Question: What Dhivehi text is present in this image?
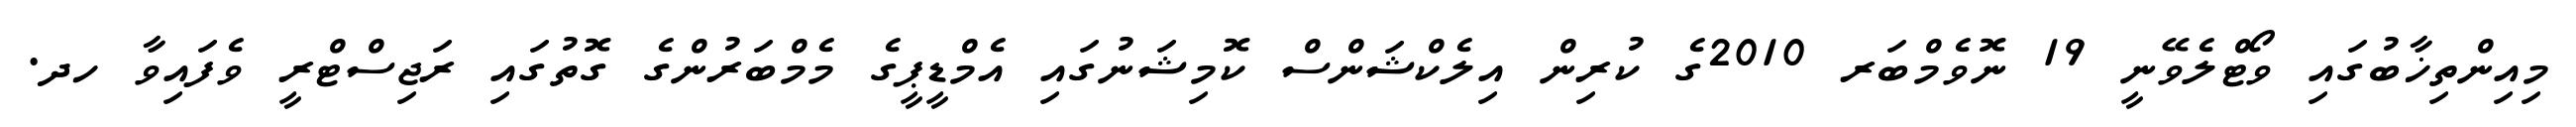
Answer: މިއިންތިޚާބުގައި ވޯޓްލެވޭނީ 19 ނޮވެމްބަރ 2010ގެ ކުރިން އިލެކްޝަންސް ކޮމިޝަނުގައި އެމްޑީޕީގެ މެމްބަރުންގެ ގޮތުގައި ރަޖިސްޓްރީ ވެފައިވާ ހދ.